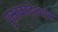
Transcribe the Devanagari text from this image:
पुस्तकादेशपत्र